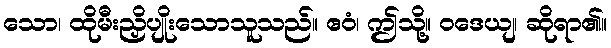
သော၊ ထိုမီးညှိပျိုးသောသူသည်။ ဧဝံ၊ ဤသို့။ ဝဒေယျ၊ ဆိုရာ၏။